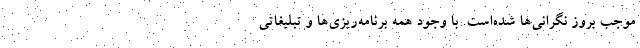
موجب بروز نگرانی‌ها شده‌است. با وجود همه‌ برنامه‌ریزی‌ها و تبلیغاتی